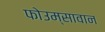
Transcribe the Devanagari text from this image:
फोउम्सावान